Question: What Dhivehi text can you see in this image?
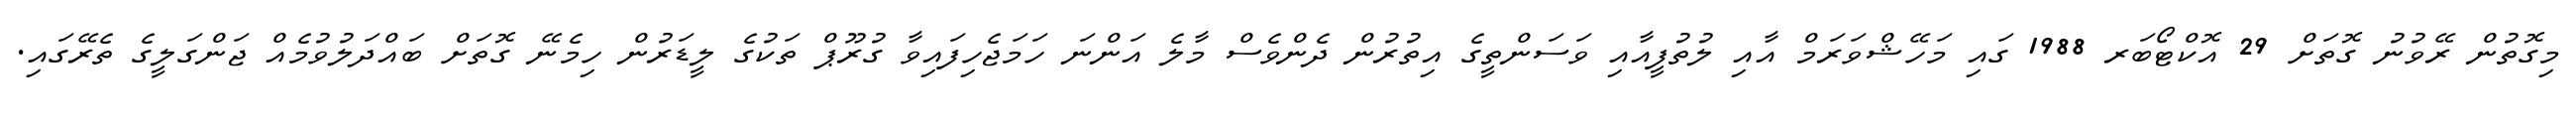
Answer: މިގޮތުން ރޭވުނު ގޮތަށް 29 އޮކްޓޯބަރ 1988 ގައި މަހޭޝްވަރަމް އާއި ލުތުފީއާއި ވަސަންތީގެ އިތުރުން ދެންވެސް މާލެ އަންނަ ހަމަޖެހިފައިވާ ގުރޫޕް ތަކުގެ ލީޑަރުން ހިމެނޭ ގޮތަށް ބައްދަލުވުމެއް ޖަންގަލީގެ ތެރޭގައި.